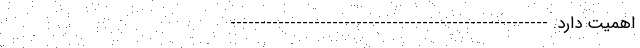
اهمیت دارد. -----------------------------------------------------